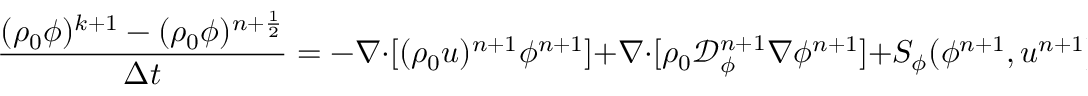
\frac { ( \rho _ { 0 } \phi ) ^ { k + 1 } - ( \rho _ { 0 } \phi ) ^ { n + \frac { 1 } { 2 } } } { \Delta t } = - \nabla \cdot [ ( \rho _ { 0 } \boldsymbol { u } ) ^ { n + 1 } \phi ^ { n + 1 } ] + \nabla \cdot [ \rho _ { 0 } \mathcal { D } _ { \phi } ^ { n + 1 } \nabla \phi ^ { n + 1 } ] + S _ { \phi } ( \phi ^ { n + 1 } , \boldsymbol { u } ^ { n + 1 } ) ,